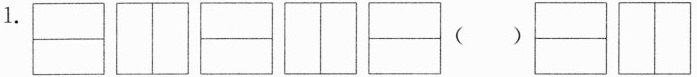
1.( )